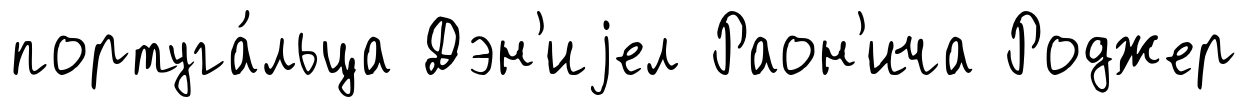
португа́льца Дэн'иjел Раон'ича Роджер